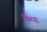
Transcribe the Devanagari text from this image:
गैम्पा